Report on the working of the Ranchi Indian Mental Hospital, Kanke, in Bihar and Orissa - 1930-1940
Year: 1930
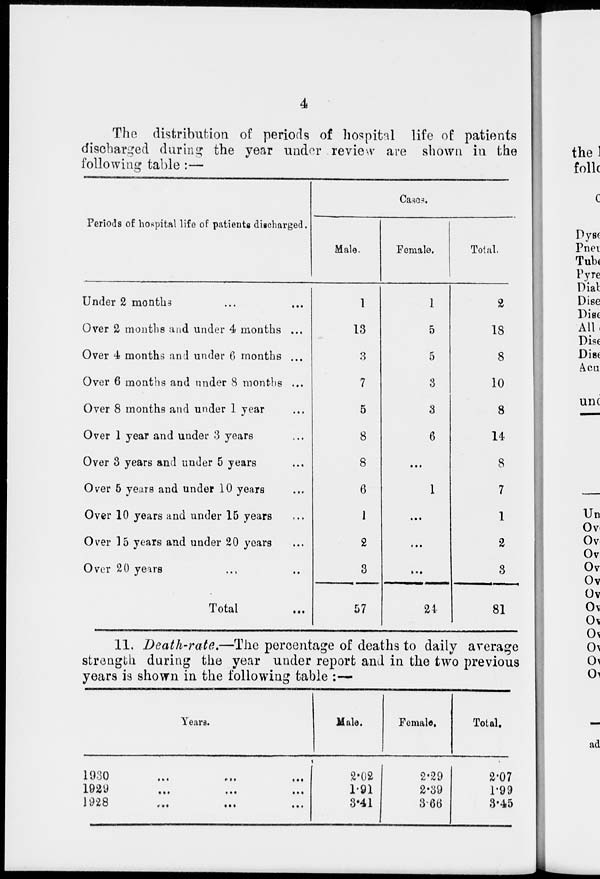
4
The distribution of periods of hospital life of patients
discharged during the year under review are shown in the
following table :—
Periods of hospital life of patients discharged.
Under 2 months ... ...
Over 2 months and under 4 months ...
Over 4 months and under 6 months ...
Over 6 months and under 8 months ...
Over 8 months and under 1 year ...
Over 1 year and under 3 years ...
Over 3 years and under 5 years ...
Over 5 years and under 10 years ...
Over 10 years and under 15 years ...
Over 15 years and under 20 years ...
Over 20 years ... ...
Total
...
Cases.
Male.
1
13
3
7
5
8
8
6
1
2
3
57
Female.
1
5
5
3
3
6
...
1
...
...
...
24
Total.
2
18
8
10
8
14
8
7
1
2
3
81
11. Death-rate.—The percentage of deaths to daily average
strength during the year under report and in the two previous
years is shown in the following table :—
Years.
1930
...
...
...
1929
...
...
...
1928
...
...
...
Male.
2.02
1.91
3.41
Female.
2.29
2.39
3.66
Total.
2.07
1.99
3.45